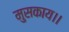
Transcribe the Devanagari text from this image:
मुसकाय।।